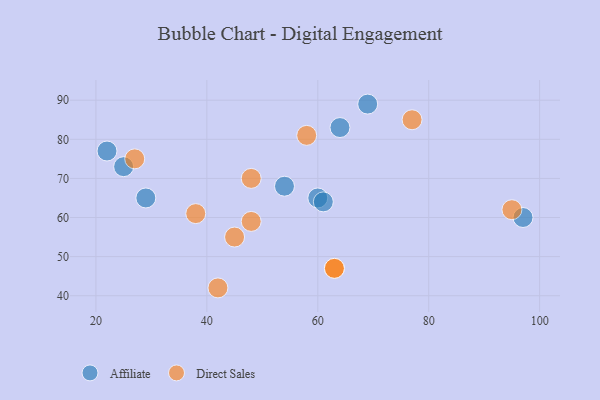
{"axis": {"x": "GDP", "y": "Life Expectancy"}, "legend": ["Affiliate", "Direct Sales"], "data": [{"x": "64", "y": 83, "type": "Affiliate"}, {"x": "97", "y": 60, "type": "Affiliate"}, {"x": "60", "y": 65, "type": "Affiliate"}, {"x": "61", "y": 64, "type": "Affiliate"}, {"x": "22", "y": 77, "type": "Affiliate"}, {"x": "54", "y": 68, "type": "Affiliate"}, {"x": "29", "y": 65, "type": "Affiliate"}, {"x": "69", "y": 89, "type": "Affiliate"}, {"x": "25", "y": 73, "type": "Affiliate"}, {"x": "48", "y": 59, "type": "Direct Sales"}, {"x": "45", "y": 55, "type": "Direct Sales"}, {"x": "58", "y": 81, "type": "Direct Sales"}, {"x": "63", "y": 47, "type": "Direct Sales"}, {"x": "27", "y": 75, "type": "Direct Sales"}, {"x": "48", "y": 70, "type": "Direct Sales"}, {"x": "77", "y": 85, "type": "Direct Sales"}, {"x": "42", "y": 42, "type": "Direct Sales"}, {"x": "63", "y": 47, "type": "Direct Sales"}, {"x": "95", "y": 62, "type": "Direct Sales"}, {"x": "38", "y": 61, "type": "Direct Sales"}]}